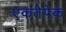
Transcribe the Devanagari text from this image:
एकतेपेक